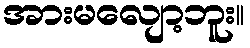
အားမလျော့ဘူး။